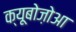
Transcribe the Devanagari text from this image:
क्यूबोज़ोआ